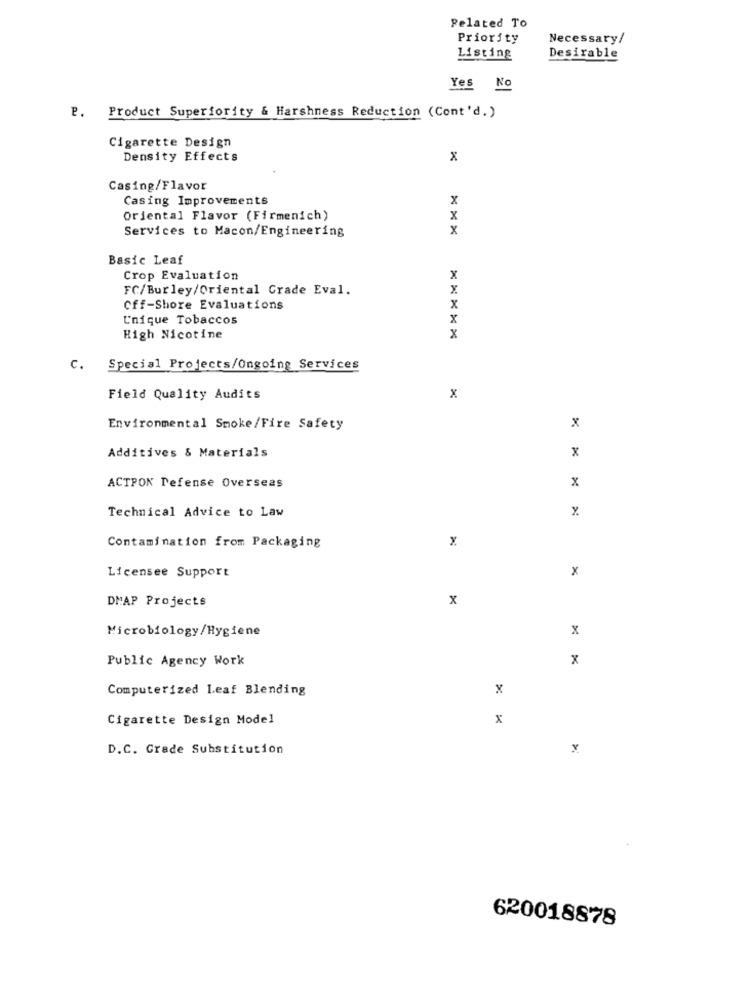
Related To
Priority
Necessary/
Listing
Desirable
Yes No
P. Product Superiority & Harshness Reduction (Cont'd.)
Cigarette Design
Density Effects
x
Casing/Flavor
Casing Improvements
x
Oriental Flavor (Firmenich)
X
Services to Macon/Engineering
x
Basic Leaf
Crop Evaluation
x
FC/Burley/Oriental Grade Eval.
X
Off-Shore Evaluations
x
Unique Tobaccos
x
High Nicotine
x
c.
Special Projects/Ongoing Services
Field Quality Audits
x
Environmental Smoke/Fire Safety
x
Additives & Materials
x
ACTPON Defense Overseas
x
Technical Advice to Law
x
Contamination from Packaging
Licensee Support
x
DMAP Projects
x
Microbiology/Hygiene
x
Public Agency Work
x
Computerized Leaf Blending
x
Cigarette Design Model
x
D.C. Grade Substitution
620018878